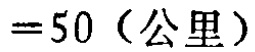
$=50 \text{（公里）}$